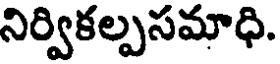
నిర్వికల్పసమాధి.